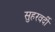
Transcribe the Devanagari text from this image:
सुहरवर्दी